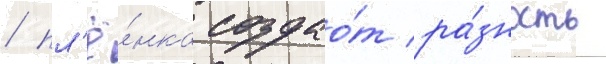
/ пл'ё́нка создао́т ра́зность